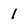
Character: 1